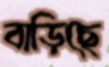
বাড়িছে